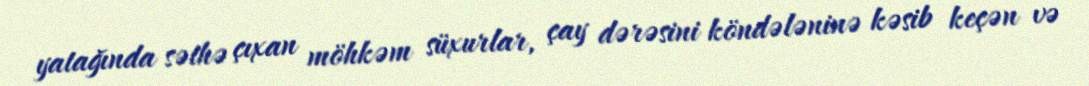
yatağında səthə çıxan möhkəm süxurlar, çay dərəsini köndələninə kəsib keçən və